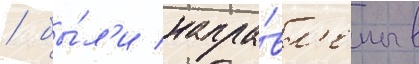
/ бы́л'и напра́вл'ены в